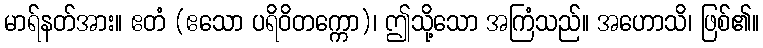
မာရ်နတ်အား။ ဧတံ (ဧသော ပရိဝိတက္ကော)၊ ဤသို့သော အကြံသည်။ အဟောသိ၊ ဖြစ်၏။